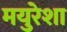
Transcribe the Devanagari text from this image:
मयुरेशा